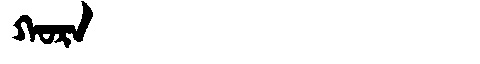
Manchu: ᡴᠣᡵᠠ
Romanization: KORA